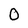
Character: O